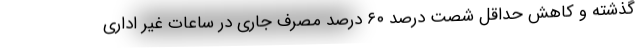
گذشته و کاهش حداقل شصت درصد ۶۰ درصد مصرف جاری در ساعات غیر اداری